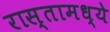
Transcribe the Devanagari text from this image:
रास्तामध्ये